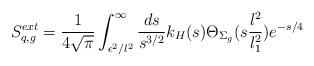
LaTeX: \begin{align*}S^{ext}_{q, g}={1\over 4\sqrt{\pi}}\int^\infty_{\epsilon^2 / l^2} {ds\over s^{3/2}} k_H (s)\Theta_{\Sigma_g} (s {l^2\over l_1^2})e^{-{s/ 4}}~~\end{align*}